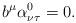
LaTeX: \begin{align*} b^\mu \alpha^0_{\nu\tau}=0. \end{align*}